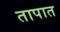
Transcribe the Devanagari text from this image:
तापात